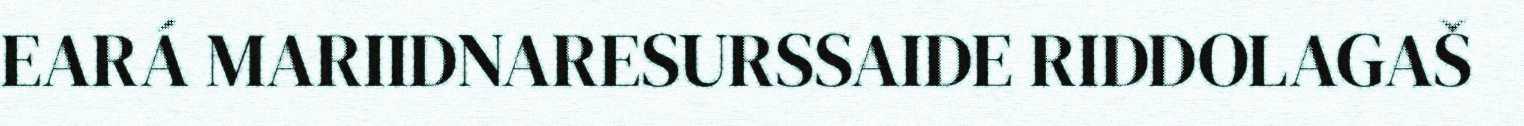
EARÁ MARIIDNARESURSSAIDE RIDDOLAGAŠ